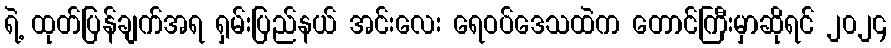
ရဲ့ ထုတ်ပြန်ချက်အရ ရှမ်းပြည်နယ် အင်းလေး ရေဝပ်ဒေသထဲက တောင်ကြီးမှာဆိုရင် ၂၀၂၄